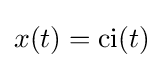
x(t)=\operatorname {ci} (t)